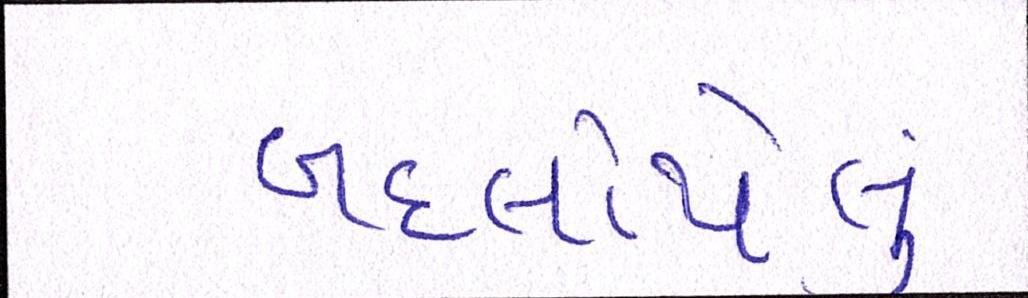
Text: બદલાયેલું